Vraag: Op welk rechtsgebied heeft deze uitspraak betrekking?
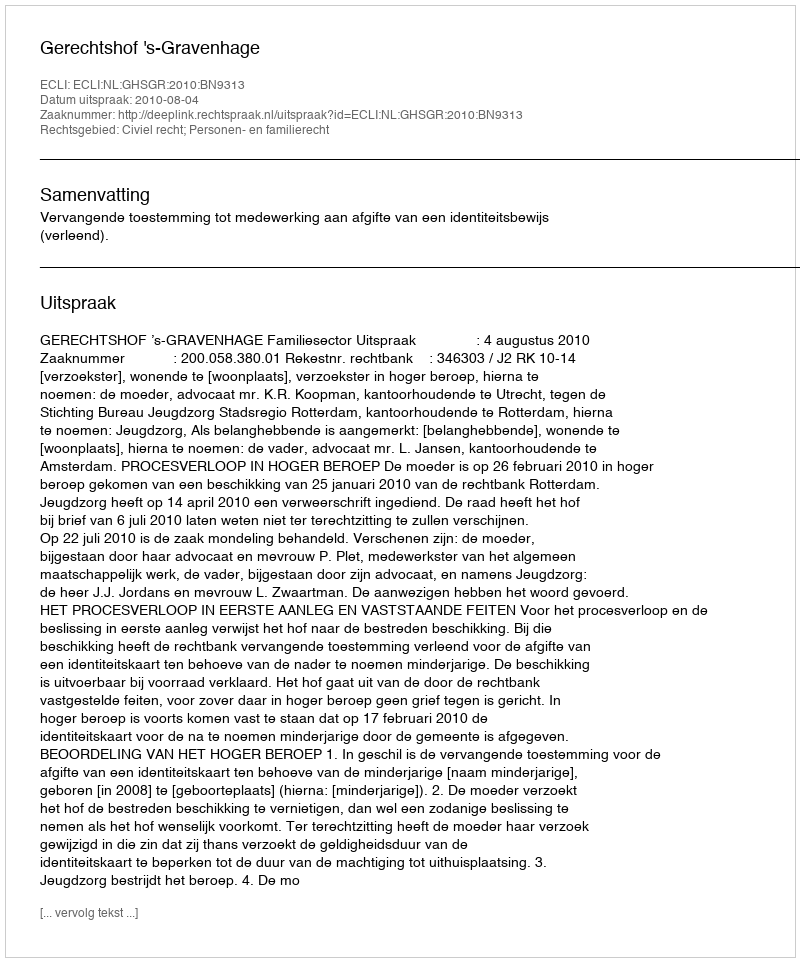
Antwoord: Civiel recht; Personen- en familierecht